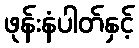
ဖုန်းနံပါတ်နှင့်